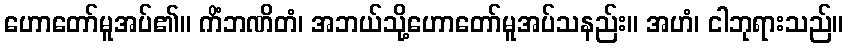
ဟောတော်မူအပ်၏။ ကိံဘဏိတံ၊ အဘယ်သို့ဟောတော်မူအပ်သနည်း။ အဟံ၊ ငါဘုရားသည်။